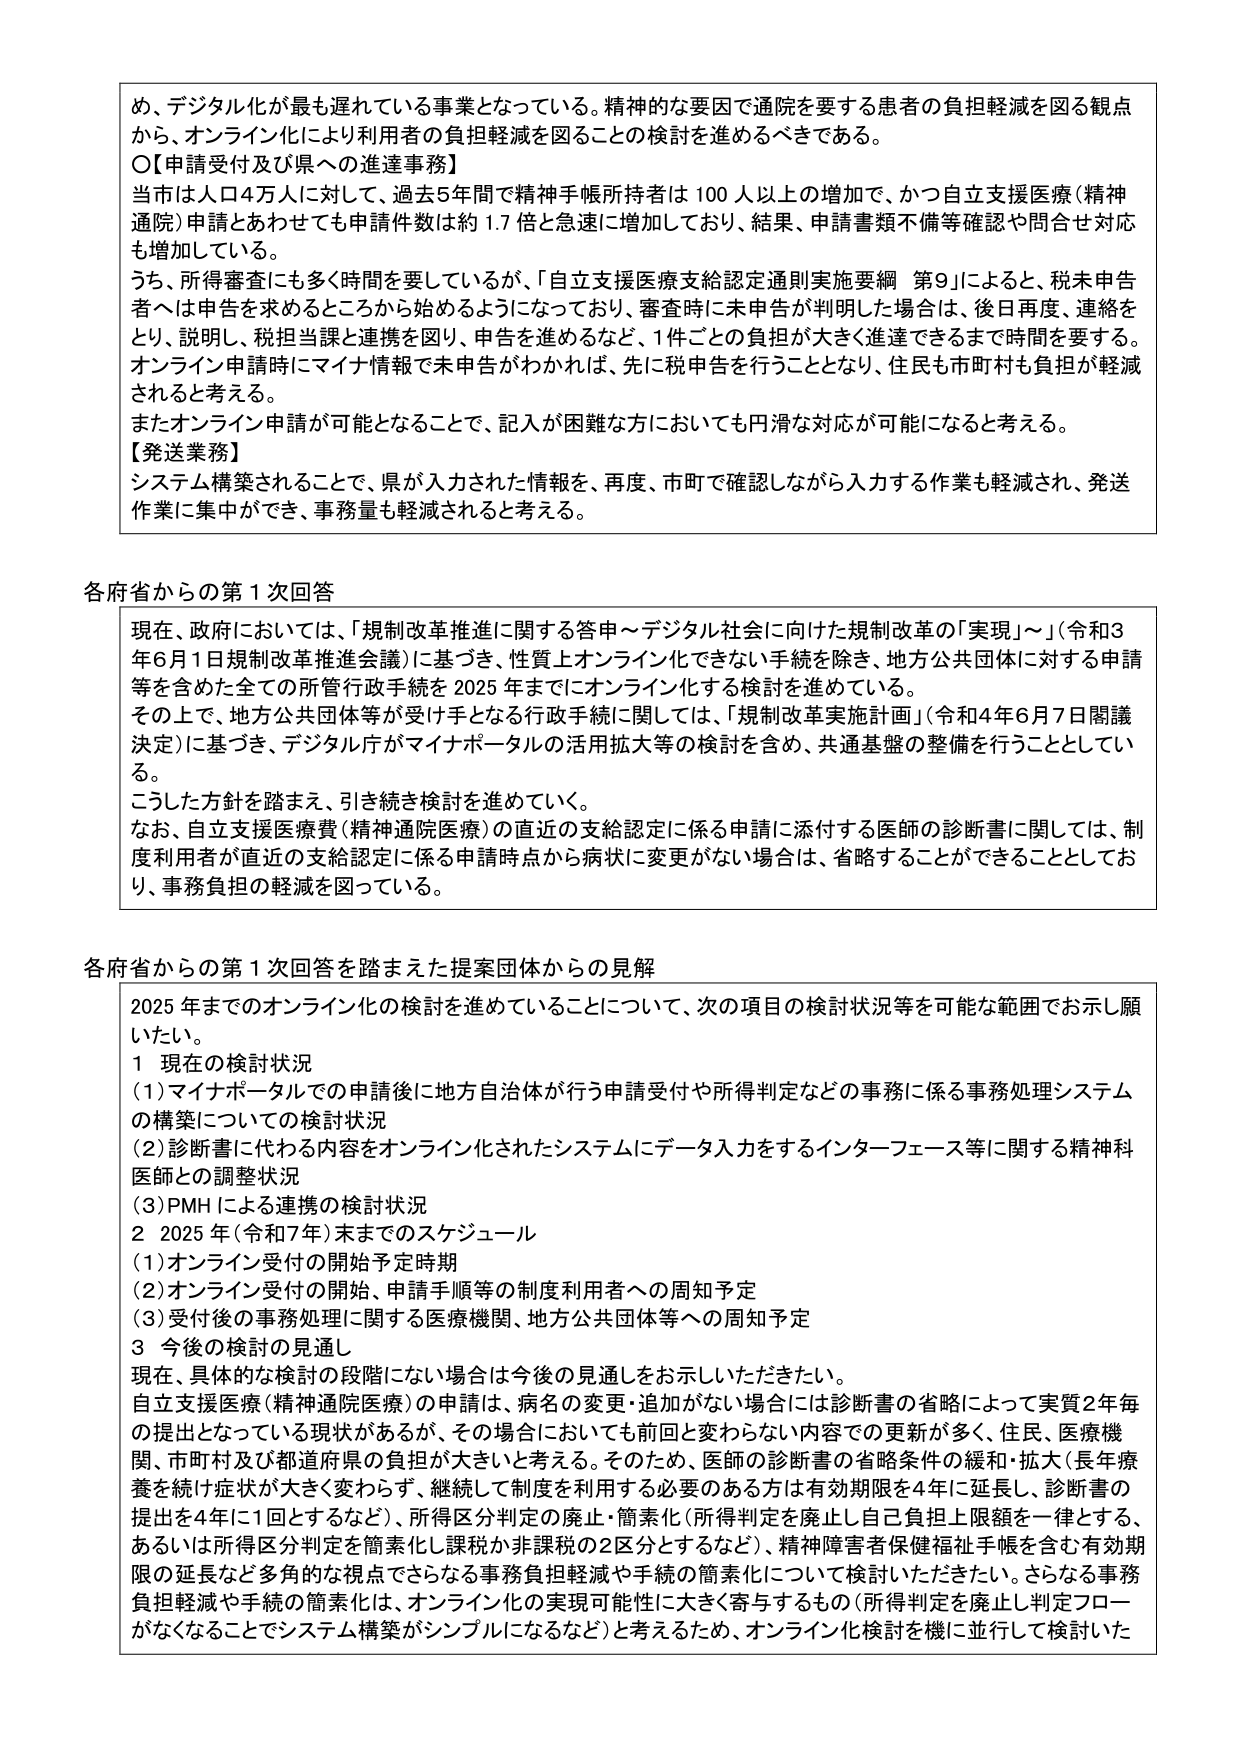
め、デジタル化が最も遅れている事業となっている。精神的な要因で通院を要する患者の負担軽減を図る観点から、オンライン化により利用者の負担軽減を図ることの検討を進めるべきである。

〇【申請受付及び県への進達事務】
当市は人口4万人に対して、過去5年間で精神手帳所持者は100人以上の増加で、かつ自立支援医療（精神通院）申請とあわせても申請件数は約1.7倍と急速に増加しており、結果、申請書類不備等確認や問合せ対応も増加している。
うち、所得審査にも数多く時間を使っているが、「自立支援医療支給認定通則実施要綱 第9」によると、税未申告者へは申告を求めるところから始めるようになっており、審査時に未申告が判明した場合は、後日再度、連絡をとり、説明し、税担当課と連携を図り、申告を進めるなど、1件ごとの負担が大きく進達できるまで時間を要する。オンライン申請時にマイナ情報で未申告がわかれば、先に税申告を行うこととなり、住民も市町村も負担が軽減されると考える。
またオンライン申請が可能となることで、記入が困難な方においても円滑な対応が可能になると考える。

【発送業務】
システム構築されることで、県が入力された情報を、再度、市町で確認しながら入力する作業も軽減され、発送作業に集中ができ、事務量も軽減されると考える。

各府省からの第1次回答
現在、政府においては、「規制改革推進に関する答申～デジタル社会に向けた規制改革の「実現」～」（令和3年6月1日規制改革推進会議）に基づき、性質上オンライン化できない手続を除き、地方公共団体に対する申請等を含めた全ての所管行政手続を2025年までにオンライン化する検討を進めている。
その上で、地方公共団体等が受け手となる行政手続に関しては、「規制改革実施計画」（令和4年6月7日閣議決定）に基づき、デジタル庁がマイナポータルの活用拡大等の検討を含め、共通基盤の整備を行うこととしている。
こうした方針を踏まえ、引き続き検討を進めていく。
なお、自立支援医療費（精神通院医療）の直近の支給認定に係る申請に添付する医師の診断書に関しては、制度利用者が直近の支給認定に係る申請時点から病状に変更がない場合は、省略することができることとしており、事務負担の軽減を図っている。

各府省からの第1次回答を踏まえた提案団体からの見解
2025年までのオンライン化の検討を進めていることについて、次の項目の検討状況等を可能な範囲でお示し願いたい。
1 現在の検討状況
（1）マイナポータルでの申請後に地方自治体が行う申請受付や所得判定などの事務に係る事務処理システムの構築についての検討状況
（2）診断書に代わる内容をオンライン化されたシステムにデータ入力をするインターフェース等に関する精神科医師との調整状況
（3）PMHによる連携の検討状況
2 2025年（令和7年）末までのスケジュール
（1）オンライン受付の開始予定時期
（2）オンライン受付の開始、申請手順等の制度利用者への周知予定
（3）受付後の事務処理に関する医療機関、地方公共団体等への周知予定
3 今後の検討の見通し
現在、具体的な検討の段階にない場合は今後の見通しをお示しいただきたい。
自立支援医療（精神通院医療）の申請は、病名の変更・追加がない場合は診断書の省略によって実質2年毎の提出となっている現状があるが、その場合においても前回と変わらない内容での更新が多く、住民、医療機関、市町村及び都道府県の負担が大きいと考える。そのため、医師の診断書の省略条件の緩和・拡大（長年療養を続け症状が大きく変わらず、継続して制度を利用する必要のある方は有効期限を4年に延長し、診断書の提出を4年に1回とするなど）、所得区分判定の廃止・簡素化（所得判定を廃止し自己負担上限額を一律とする、あるいは所得区分判定を簡素化し課税か非課税の2区分とするなど）、精神障害者保健福祉手帳を含む有効期限の延長など多角的な視点でさらなる事務負担軽減や手続の簡素化について検討いただきたい。さらなる事務負担軽減や手続の簡素化は、オンライン化の実現可能性に大きく寄与するもの（所得判定を廃止し判定フローがなくなることでシステム構築がシンプルになるなど）と考えるため、オンライン化検討を機に並行して検討いた